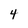
Character: 4